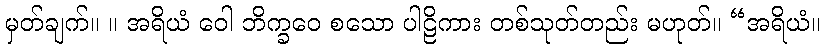
မှတ်ချက်။ ။ အရိယံ ဝေါ ဘိက္ခဝေ စသော ပါဠိကား တစ်သုတ်တည်း မဟုတ်။ “အရိယံ။